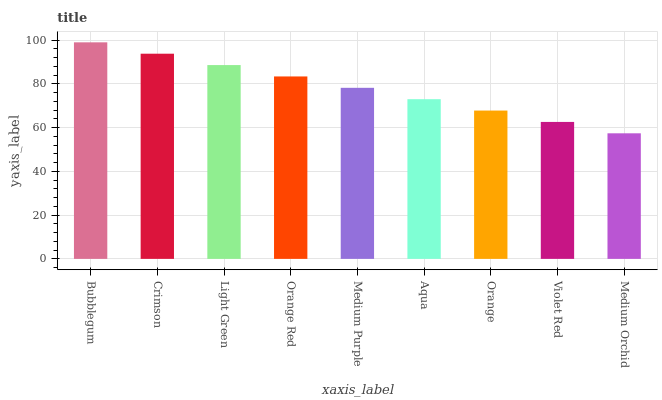
| xaxis_label | bars |
 | --- | --- |
 | Bubblegum | 99 |
 | Crimson | 93.8 |
 | Light Green | 88.6 |
 | Orange Red | 83.4 |
 | Medium Purple | 78.2 |
 | Aqua | 73 |
 | Orange | 67.8 |
 | Violet Red | 62.6 |
 | Medium Orchid | 57.4 |